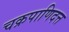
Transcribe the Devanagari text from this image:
चक्रपाणिदत्त